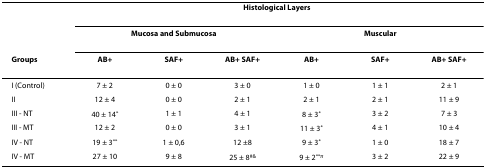
<table><thead><tr><td></td><td colspan="6"><b>Histological Layers</b></td></tr><tr><td></td><td colspan="3"><b>Mucosa and Submucosa</b></td><td colspan="3"><b>Muscular</b></td></tr><tr><td><b>Groups</b></td><td><b>AB+</b></td><td><b>SAF+</b></td><td><b>AB+ SAF+</b></td><td><b>AB+</b></td><td><b>SAF+</b></td><td><b>AB+ SAF+</b></td></tr></thead><tbody><tr><td>I (Control)</td><td>7 ± 2</td><td>0 ± 0</td><td>3 ± 0</td><td>1 ± 0</td><td>1 ± 1</td><td>2 ± 1</td></tr><tr><td>II</td><td>12 ± 4</td><td>0 ± 0</td><td>2 ± 1</td><td>2 ± 1</td><td>2 ± 1</td><td>11 ± 9</td></tr><tr><td>III - NT</td><td>40 ± 14<sup>*</sup></td><td>1 ± 1</td><td>4 ± 1</td><td>8 ± 3<sup>*</sup></td><td>3 ± 2</td><td>7 ± 3</td></tr><tr><td>III - MT</td><td>12 ± 2</td><td>0 ± 0</td><td>3 ± 1</td><td>11 ± 3<sup>*</sup></td><td>4 ± 1</td><td>10 ± 4</td></tr><tr><td>IV - NT</td><td>19 ± 3<sup>**</sup></td><td>1 ± 0,6</td><td>12 ±8</td><td>9 ± 3<sup>*</sup></td><td>1 ± 0</td><td>18 ± 7</td></tr><tr><td>IV - MT</td><td>27 ± 10</td><td>9 ± 8</td><td>25 ± 8<sup>#&amp;</sup></td><td>9 ± 2<sup>**π</sup></td><td>3 ± 2</td><td>22 ± 9</td></tr></tbody></table>